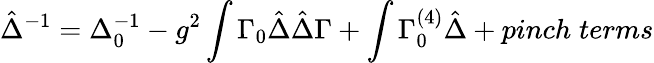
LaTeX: \hat{\Delta}^{-1}=\Delta_{0}^{-1}-g^{2}\int\Gamma_{0}\hat{\Delta}\hat{\Delta}\Gamma+\int\Gamma_{0}^{(4)}\hat{\Delta}+pinch\; terms